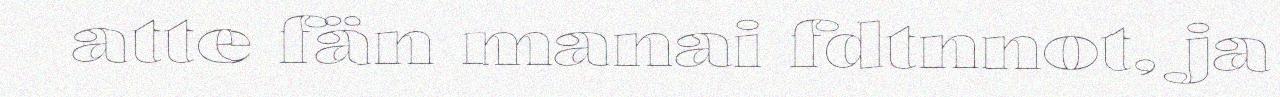
atte fän manai fdtnnot, ja